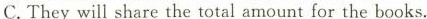
C.They will share the total amount for the books.